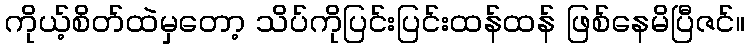
ကိုယ့်စိတ်ထဲမှတော့ သိပ်ကိုပြင်းပြင်းထန်ထန် ဖြစ်နေမိပြီဇင်။